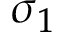
\sigma _ { 1 }